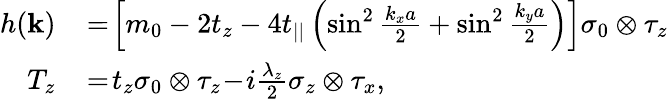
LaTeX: \begin{array}{rl}{h({\mathbf k})}&{{}\! =\! \left[m_{0}-2t_{z}-4t_{||}\left(\sin^{2}\frac{k_{x}a}{2}+\sin^{2}\frac{k_{y}a}{2}\right)\right]\sigma_{0}\otimes\tau_{z}}\\ {T_{z}}&{{}\! =\! t_{z}\sigma_{0}\otimes\tau_{z}\! -\! i\frac{\lambda_{z}}{2}\sigma_{z}\otimes\tau_{x},}\end{array}